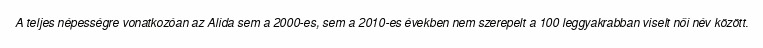
A teljes népességre vonatkozóan az Alida sem a 2000-es, sem a 2010-es években nem szerepelt a 100 leggyakrabban viselt női név között.